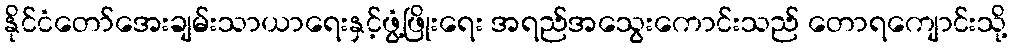
နိုင်ငံတော်အေးချမ်းသာယာရေးနှင့်ဖွံ့ဖြိုးရေး အရည်အသွေးကောင်းသည် တောရကျောင်းသို့